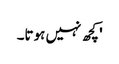
' کچھ نہیں ہوتا۔